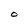
Character: O